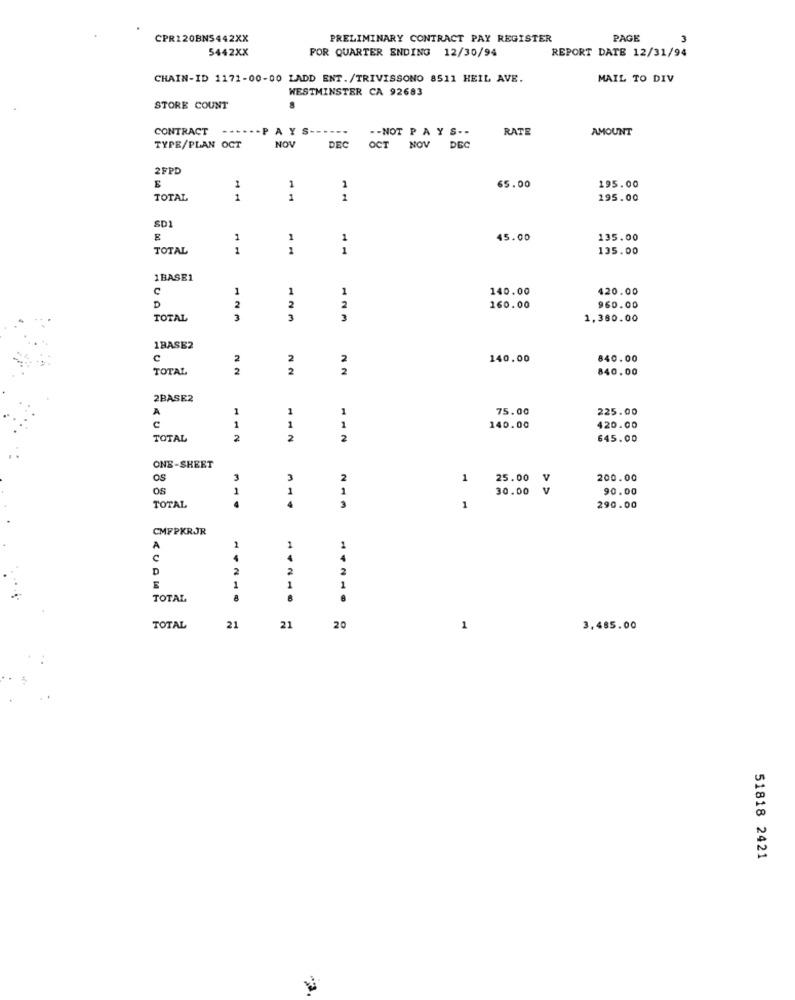
CPR120BNS442XX
PRELIMINARY CONTRACT PAY REGISTER
PAGE
5442XX
POR QUARTER ENDING 12/30/94
REPORT DATE 12/31/94
CHAIN-ID 1171-00-00 LADD ENT./TRIVISSONO 8511 HEIL AVE.
MAIL TO DIV
WESTMINSTER CA 92683
STORE COUNT
CONTRACT
.....- PAYS-
-- NOT PAY S --
RATE
AMOUNT
TYPE/PLAN OCT
NOV
DEC
OCT
NOV
DEC
2FPD
1
65.00
E
1
1
195.00
TOTAL
1
1
2
195.00
SD1
1
1
1
45.00
135.00
TOTAL
1
2
1
135.00
1BASE1
1
1
1
140.00
420.00
D
2
2
2
160.00
960.00
TOTAL
3
3
3
1,380.00
1BASE2
c
2
2
140.00
840.00
TOTAL
2
2
2
840.00
2BASE2
A
1
1
1
75.00
225.00
e
1
1
1
140.00
420.00
TOTAL
2
2
2
645.00
ONE-SHEET
OS
3
3
2
1
25.00
V
200.00
os
1
1
1
30.00
v
90.00
4
4
3
TOTAL
1
290.00
CMFPKRJR
A
2
4
2
2
2
E
1
1
TOTAL
TOTAL
21
21
20
1
3,485.00
51818 2421